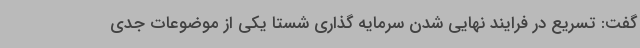
گفت: تسریع در فرایند نهایی شدن سرمایه گذاری شستا یکی از موضوعات جدی